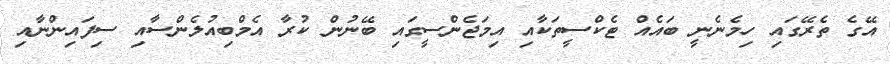
އޭގެ ތެރޭގައި ހިމެނެނީ ބައެއް ޓެކްސީތަކާއި އިމަޖެންސީގައި ބޭނުން ކުރާ އެމްބިއުލެންސާއި ސިފައިންނާއި